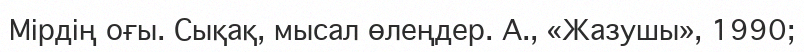
Мірдің оғы. Сықақ, мысал өлеңдер. А., «Жазушы», 1990;